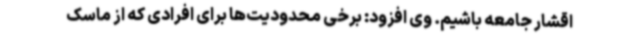
اقشار جامعه باشیم. وی افزود: برخی محدودیت‌ها برای افرادی که از ماسک